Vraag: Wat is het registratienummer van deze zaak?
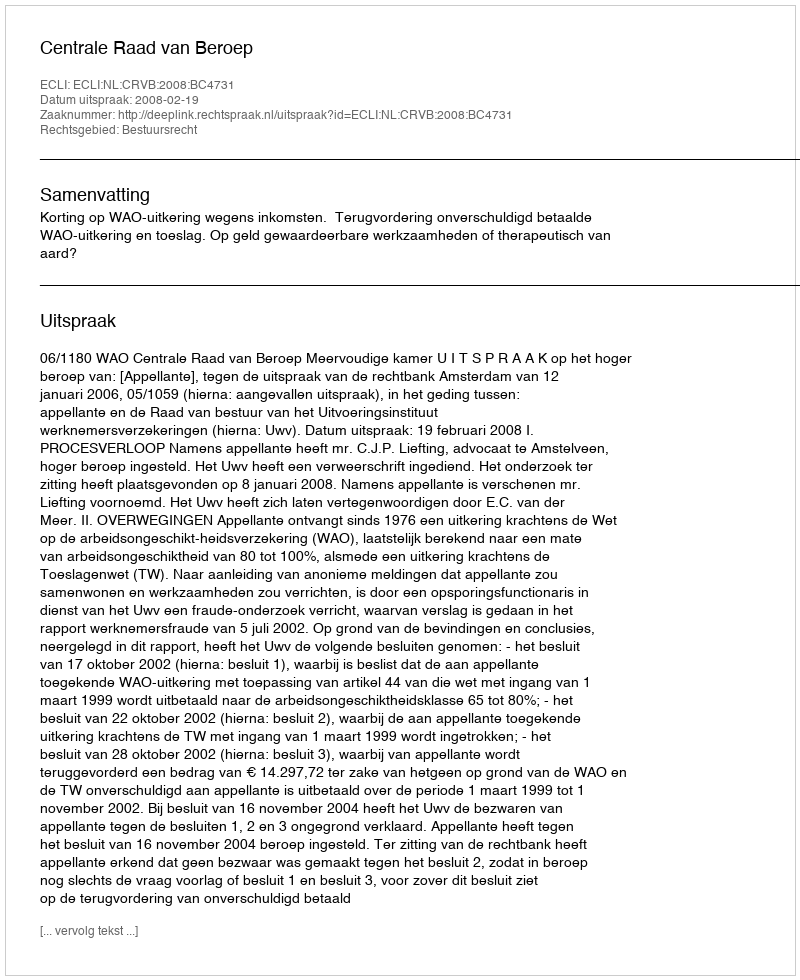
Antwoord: http://deeplink.rechtspraak.nl/uitspraak?id=ECLI:NL:CRVB:2008:BC4731